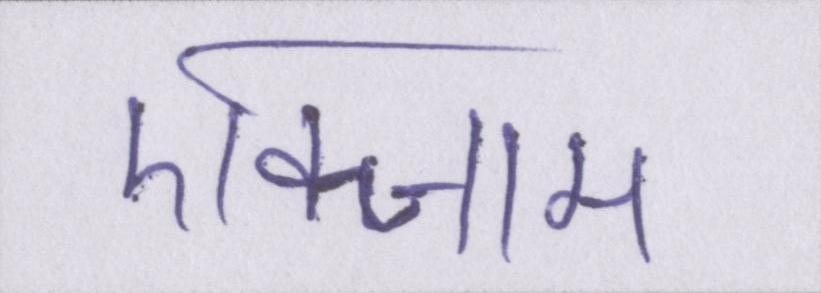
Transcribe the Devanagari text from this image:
एक्जाम